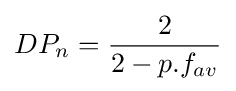
DP_{n}={\frac {2}{2-p.f_{av}}}